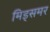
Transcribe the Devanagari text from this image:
मिड्‌समर